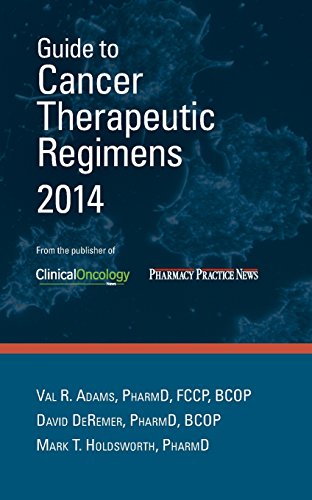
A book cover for Guide to Cancer Therapeutic Regimens 2014; Val R. Adams; Medical Books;